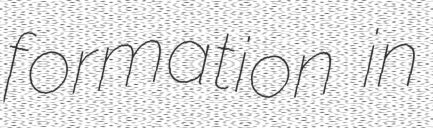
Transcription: formation in